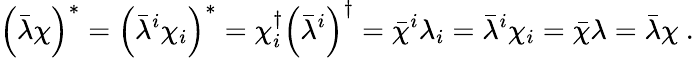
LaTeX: \left(\bar{\lambda}\chi\right)^{*}=\left(\bar{\lambda}^{i}\chi_{i}\right)^{*}=\chi_{i}^{\dagger}\left(\bar{\lambda}^{i}\right)^{\dagger}=\bar{\chi}^{i}\lambda_{i}=\bar{\lambda}^{i}\chi_{i}=\bar{\chi}\lambda=\bar{\lambda}\chi\ .